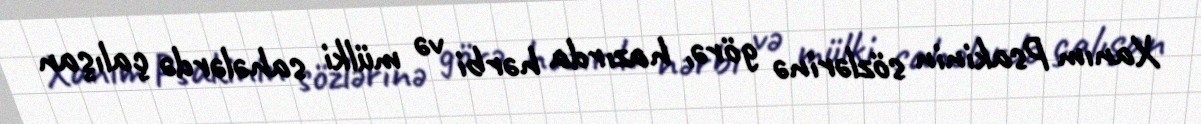
Xanım Psakinin sözlərinə görə, hazırda hərbi və mülki sahələrdə çalışan